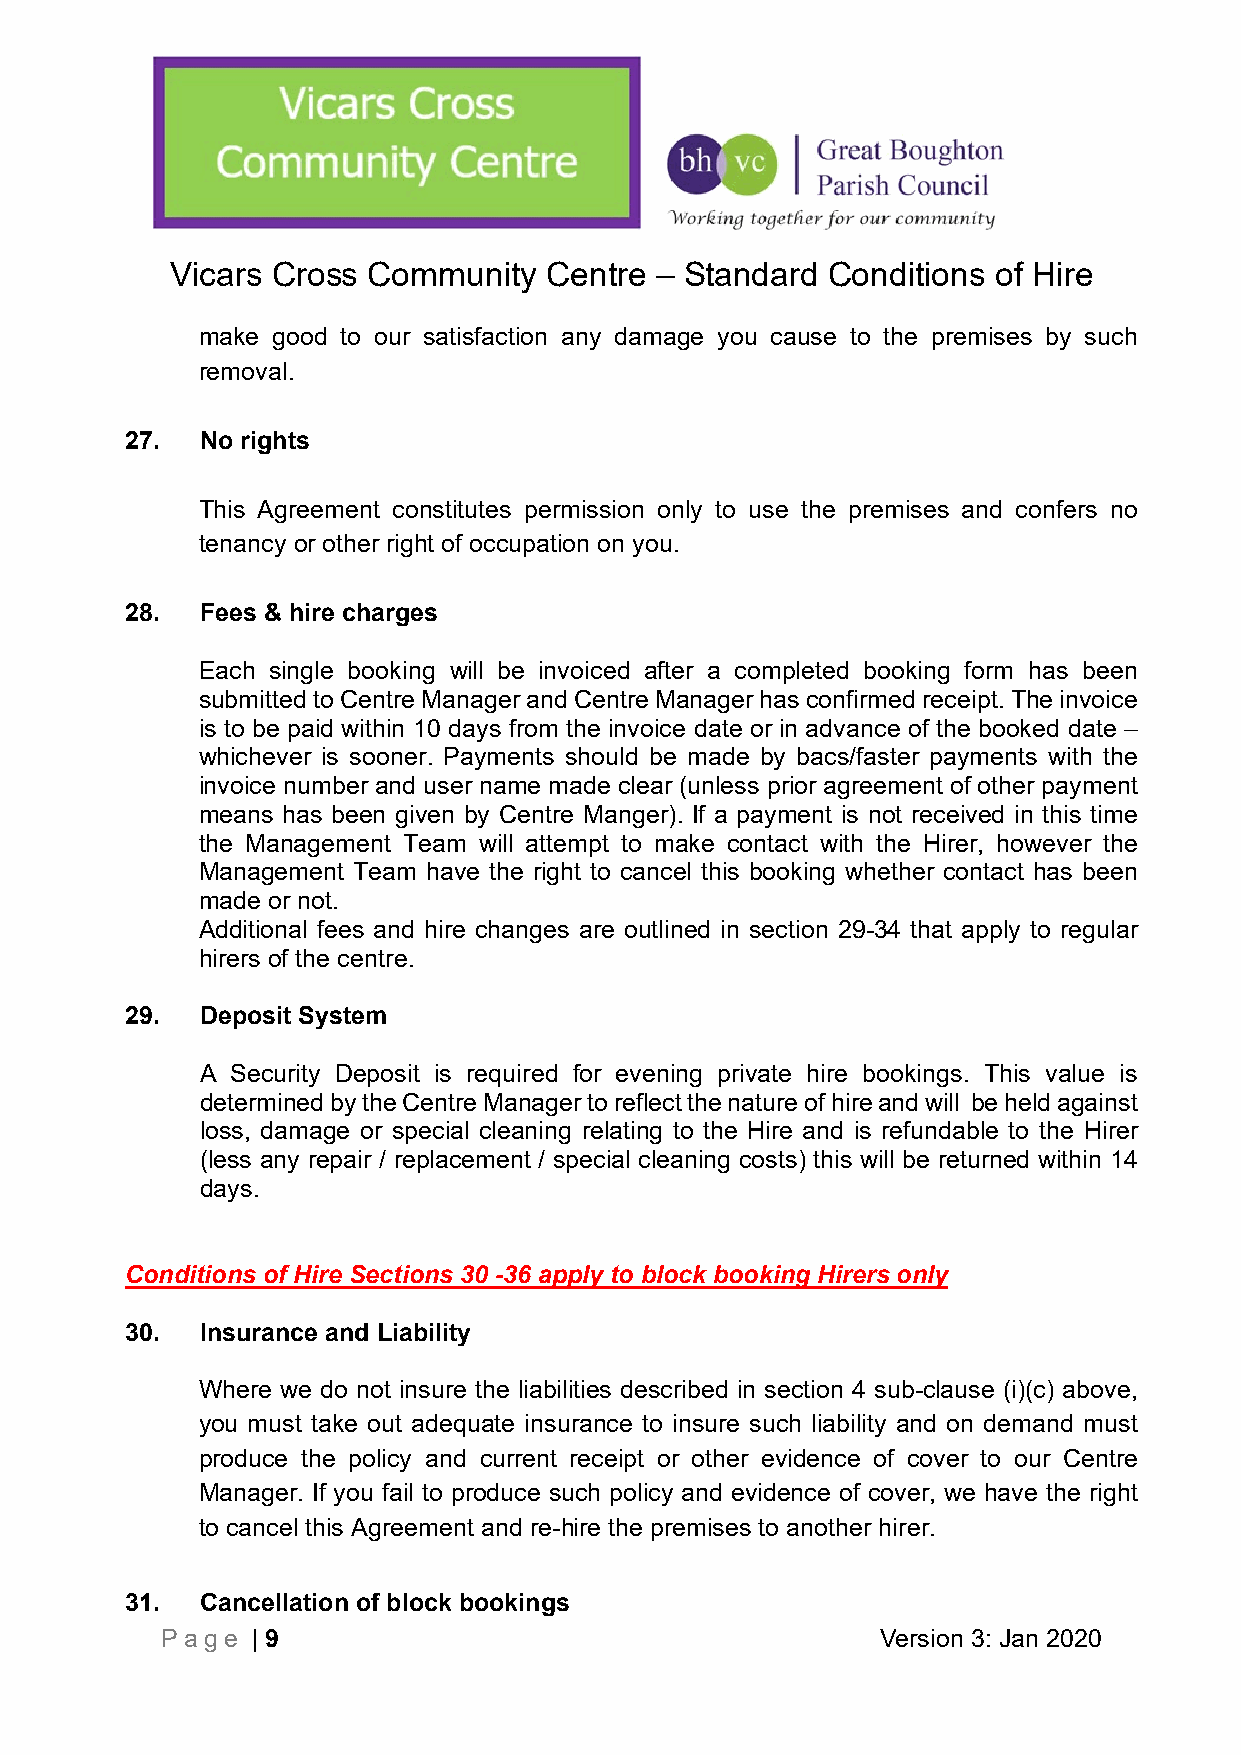
Vicars Cross Community   Centre – Standard  Conditions of Hire
 make good to our satisfaction any damage you cause to the premises by such
 removal.
 27.  No rights
 This Agreement constitutes permission only to use the premises and confers no
 tenancy or other right of occupation on you.
 28.  Fees & hire charges
 Each single booking will be invoiced after a completed booking form has been
 submitted to Centre Manager and Centre Manager has confirmed receipt. The invoice
 is to be paid within 10 days from the invoice date or in advance of the booked date –
 whichever is sooner. Payments should be made by bacs/faster payments with the
 invoice number and user name made clear (unless prior agreement of other payment
 means has been given by Centre Manger). If a payment is not received in this time
 the Management Team will attempt to make contact with the Hirer, however the
 Management Team have the right to cancel this booking whether contact has been
 made or not.
 Additional fees and hire changes are outlined in section 29-34 that apply to regular
 hirers of the centre.
 29.  Deposit System
 A Security Deposit is required for evening private hire bookings. This value is
 determined by the Centre Manager to reflect the nature of hire and will be held against
 loss, damage or special cleaning relating to the Hire and is refundable to the Hirer
 (less any repair / replacement / special cleaning costs) this will be returned within 14
 days.
 Conditions of Hire Sections 30 -36 apply to block booking Hirers only
 30.  Insurance and Liability
 Where we do not insure the liabilities described in section 4 sub-clause (i)(c) above,
 you must take out adequate insurance to insure such liability and on demand must
 produce the policy and current receipt or other evidence of cover to our Centre
 Manager. If you fail to produce such policy and evidence of cover, we have the right
 to cancel this Agreement and re-hire the premises to another hirer.
 31.  Cancellation of block bookings
 Page  | 9                                      Version 3: Jan 2020